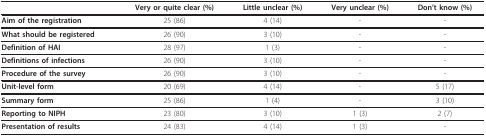
<table><thead><tr><td></td><td><b>Very or quite clear (%)</b></td><td><b>Little unclear (%)</b></td><td><b>Very unclear (%)</b></td><td><b>Don&#x27;t know (%)</b></td></tr></thead><tbody><tr><td><b>Aim of the registration</b></td><td>25 (86)</td><td>4 (14)</td><td>-</td><td>-</td></tr><tr><td><b>What should be registered</b></td><td>26 (90)</td><td>3 (10)</td><td>-</td><td>-</td></tr><tr><td><b>Definition of HAI</b></td><td>28 (97)</td><td>1 (3)</td><td>-</td><td>-</td></tr><tr><td><b>Definitions of infections</b></td><td>26 (90)</td><td>3 (10)</td><td>-</td><td>-</td></tr><tr><td><b>Procedure of the survey</b></td><td>26 (90)</td><td>3 (10)</td><td>-</td><td>-</td></tr><tr><td><b>Unit-level form</b></td><td>20 (69)</td><td>4 (14)</td><td>-</td><td>5 (17)</td></tr><tr><td><b>Summary form</b></td><td>25 (86)</td><td>1 (4)</td><td>-</td><td>3 (10)</td></tr><tr><td><b>Reporting to NIPH</b></td><td>23 (80)</td><td>3 (10)</td><td>1 (3)</td><td>2 (7)</td></tr><tr><td><b>Presentation of results</b></td><td>24 (83)</td><td>4 (14)</td><td>1 (3)</td><td>-</td></tr></tbody></table>